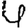
Digit: 4